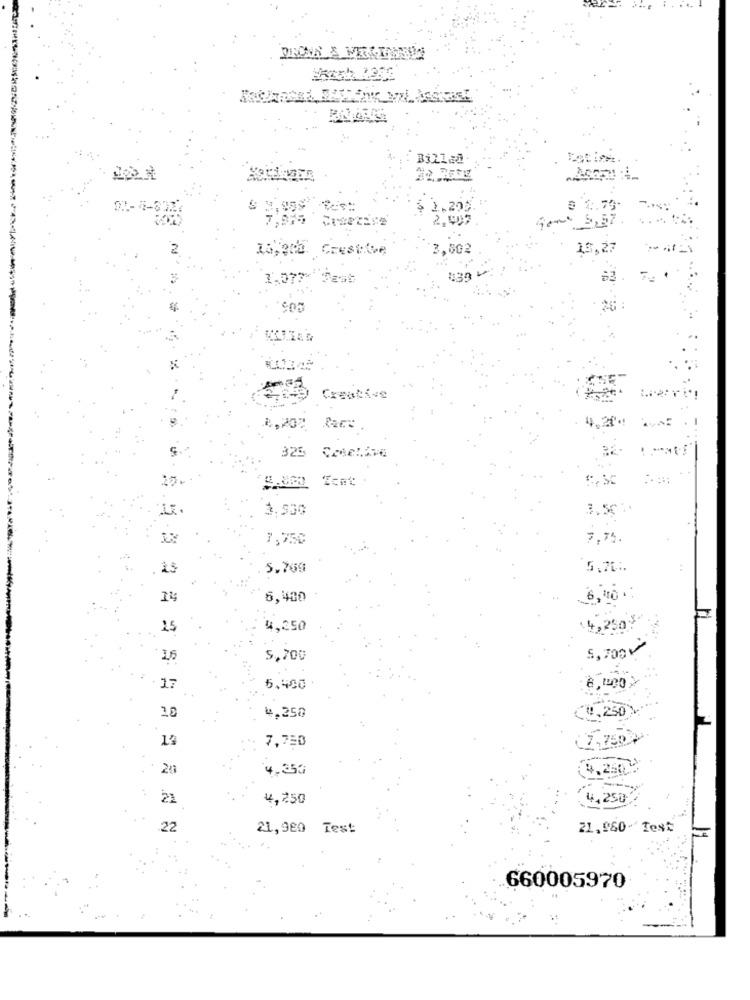
Billed
01-4-832
2.20
Crestine
3,802
15,27
1.07
est
439
Creative
325
3.500
3.55'
7,750
7,75
5,70 :.
14
6,400
6,00
15
4,250
,250
5, 700
25
5,700
6,200
17
5.400
4,250
1,23
10
13
7,750
7,750
20
4.353
1,250
21
4,250
425
22
21,980 Test
21,060- Test
660005970